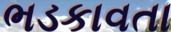
ભડકાવતા